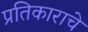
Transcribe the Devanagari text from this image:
प्रतिकाराचे